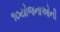
૧૦યોજનાઓની